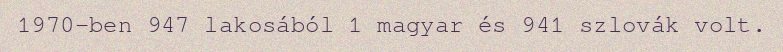
1970-ben 947 lakosából 1 magyar és 941 szlovák volt.